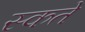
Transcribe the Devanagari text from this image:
स्कते